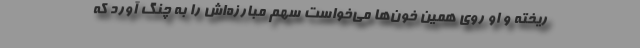
ریخته و او روی همین خون‌ها می‌خواست سهم مبارزه‌اش را به چنگ آورد که